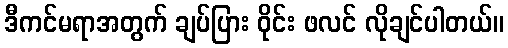
ဒီကင်မရာအတွက် ချပ်ပြား ဝိုင်း ဖလင် လိုချင်ပါတယ်။